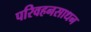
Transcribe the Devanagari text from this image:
परिवहनसाधन